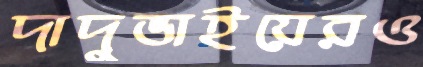
দাদুভাইয়েরও